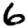
Digit: 6